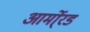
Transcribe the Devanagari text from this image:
आर्मो्रड